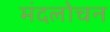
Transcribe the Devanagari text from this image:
मंदलोचन